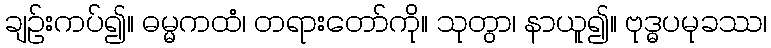
ချဉ်းကပ်၍။ ဓမ္မကထံ၊ တရားတော်ကို။ သုတွာ၊ နာယူ၍။ ဗုဒ္ဓပမုခဿ၊